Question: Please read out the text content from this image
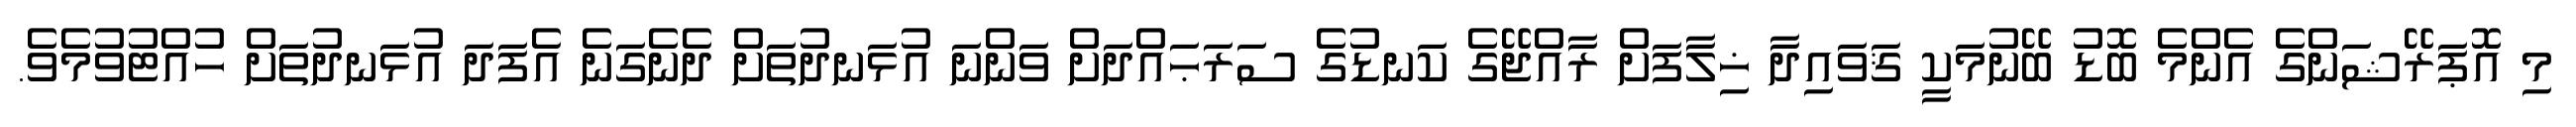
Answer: މި އޮޕަރޭޝަންގެ އެންމެ ބޮޑު ބޭނުމަކީ ޤަވައިދާ ޚިލާފަށް ރާއްޖޭގެ ކަނޑުގެ ސަރަޙައްދަށް ވަންނަ އުޅަނދުތަށް ދެނެގަނެ އެފަދަ އުޅަނދުތަށް ހުއްޓުވުމެވެ.